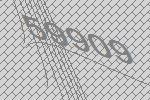
59909